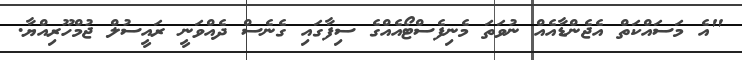
"އެ މަސައްކަތް އެޖެންޑާއެއް ނުވަތަ މެނިފެސްޓޯއެއްގެ ސިފާގައި ގެނެސް ދެއްވަނީ ރައީސުލް ޖުމްހޫރިއްޔާ.